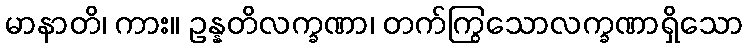
မာနာတိ၊ ကား။ ဥန္နတိလက္ခဏာ၊ တက်ကြွသောလက္ခဏာရှိသော